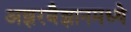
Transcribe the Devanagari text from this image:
अझरबैझानमध्ये